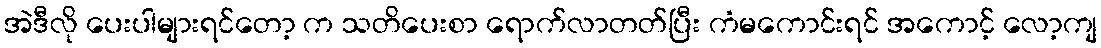
အဲဒီလို ပေးပါများရင်တော့ က သတိပေးစာ ရောက်လာတတ်ပြီး ကံမကောင်းရင် အကောင့် လော့ကျ